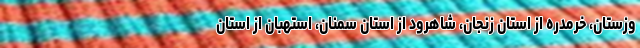
وزستان، خرمدره از استان زنجان، شاهرود از استان سمنان، استهبان از استان